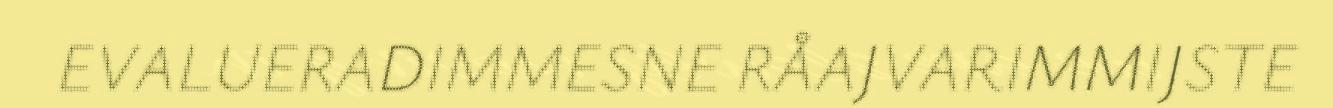
EVALUERADIMMESNE RÅAJVARIMMIJSTE